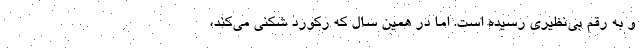
و به رقم بی‌نظیری رسیده است. اما در همین سال که رکورد شکنی می‌کند،